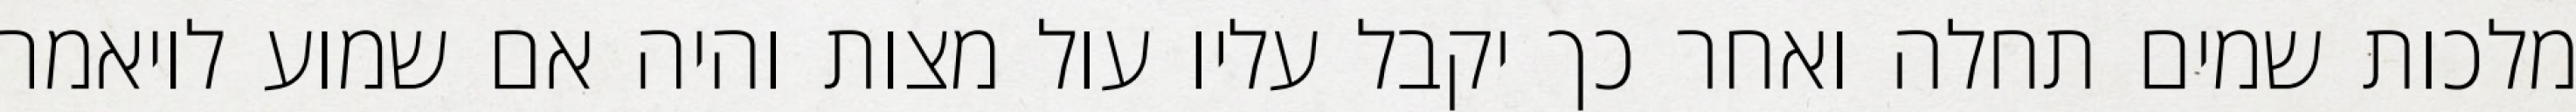
מלכות שמים תחלה ואחר כך יקבל עליו עול מצות והיה אם שמוע לויאמר